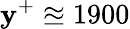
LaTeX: \mathbf{y}^{+}\approxeq1900